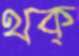
থক্‌